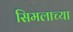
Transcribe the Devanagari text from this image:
सिमलाच्या